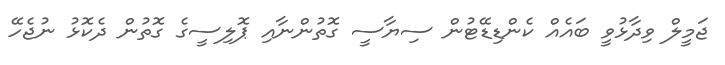
ޖަމީލް ވިދާޅުވީ ބައެއް ކެންޑިޑޭޓުން ސިޔާސީ ގޮތުންނާއި ޕޮލިސީގެ ގޮތުން ދެކޮޅު ނުޖެހޭ